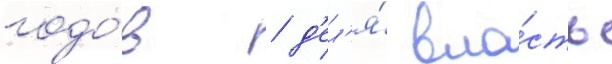
годо́в / д'ел'я́ вла́сть